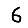
Digit: 6